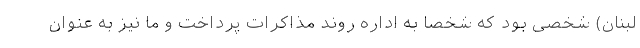
لبنان) شخصی بود که شخصا به اداره روند مذاکرات پرداخت و ما نیز به عنوان